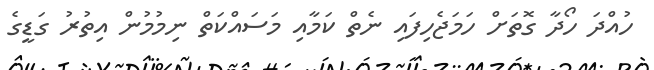
ހުއްދަ ހޯދާ ގޮތަށް ހަމަޖެހިފައި ނެތް ކަމާއި މަސައްކަތް ނިމުމުން އިތުރު ގަޑީގެ